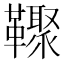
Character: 𩍧